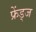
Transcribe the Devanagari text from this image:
फ्रेंड्ज